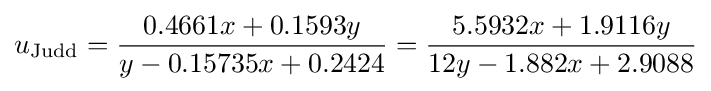
u_{\rm {Judd}}={\frac {0.4661x+0.1593y}{y-0.15735x+0.2424}}={\frac {5.5932x+1.9116y}{12y-1.882x+2.9088}}